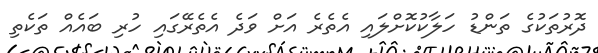
ދޮރުތަކުގެ ތަންޑު ހަލާކުކޮށްލައި އެތެރެ އަށް ވަދެ އެތެރޭގައި ހުރި ބައެއް ތަކެތި